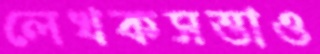
লেখকসত্তাও